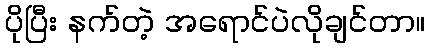
ပိုပြီး နက်တဲ့ အရောင်ပဲလိုချင်တာ။